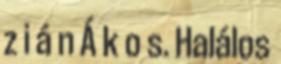
z i á n Á k o s. Halálos